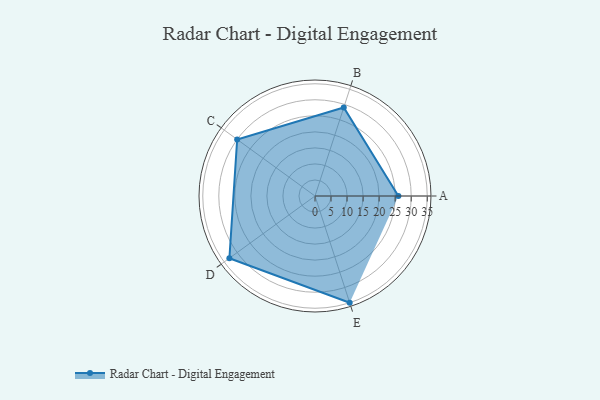
{"axis": {"x": "Skill", "y": "Score"}, "legend": ["Profile"], "data": [{"x": "A", "y": 26.0, "type": "Profile"}, {"x": "B", "y": 29.0, "type": "Profile"}, {"x": "C", "y": 30.0, "type": "Profile"}, {"x": "D", "y": 33.0, "type": "Profile"}, {"x": "E", "y": 35.0, "type": "Profile"}]}